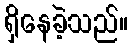
ရှိနေခဲ့သည်။